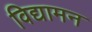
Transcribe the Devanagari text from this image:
विद्यामन